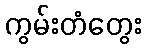
ကွမ်းတံတွေး